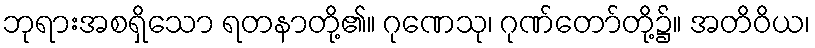
ဘုရားအစရှိသော ရတနာတို့၏။ ဂုဏေသု၊ ဂုဏ်တော်တို့၌။ အတိဝိယ၊